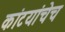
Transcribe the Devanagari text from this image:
कांटयांचेच